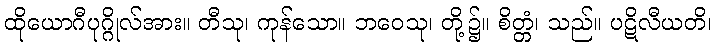
ထိုယောဂီပုဂ္ဂိုလ်အား။ တီသု၊ ကုန်သော။ ဘဝေသု၊ တို့၌။ စိတ္တံ၊ သည်။ ပဋိလီယတိ၊